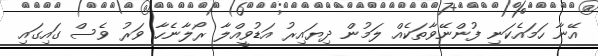
އޭނާ ހަމައެކަނި ފުންނޭވާތަކެއް ލަމުން ދިޔައިރު އަޑުވީއްލާ ރޯލާނެހާ ވަރު ވެސް ގައިގައި